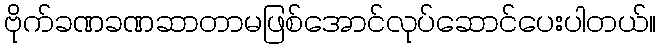
ဗိုက်ခဏခဏဆာတာမဖြစ်အောင်လုပ်ဆောင်ပေးပါတယ်။